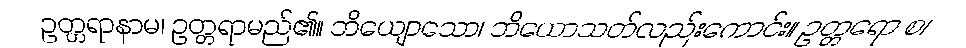
ဥတ္တရာနာမ၊ ဥတ္တရာမည်၏။ ဘိယျောသော၊ ဘိယောသတ်လည်းကောင်း။ ဥတ္တရော စ၊